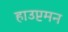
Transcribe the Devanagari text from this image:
हाउप्टमन